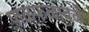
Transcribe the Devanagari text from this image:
फळफळावळे